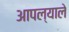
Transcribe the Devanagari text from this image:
आपल्याले